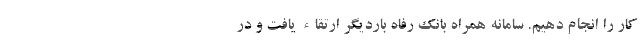
کار را انجام دهیم. سامانه همراه بانک رفاه باردیگر ارتقاء یافت و در